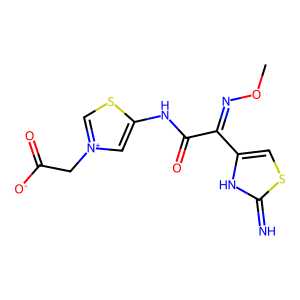
SMILES: CON=C(C(=O)Nc1c[n+](CC(=O)[O-])cs1)c1csc(=N)[nH]1
Inhibits HIV replication: No